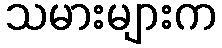
သမားများက